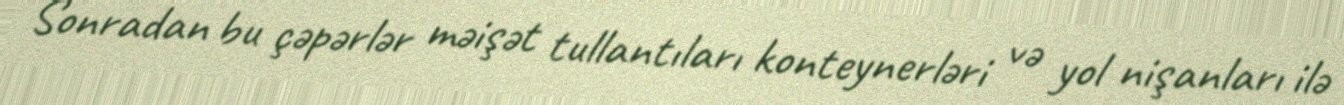
Sonradan bu çəpərlər məişət tullantıları konteynerləri və yol nişanları ilə